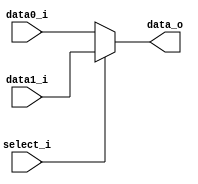
/***************************************************
Student Name:Shawn
Student ID: group _0816095_ 
***************************************************/

   `timescale 1ns/1ps

   module MUX_2to1(
       input  [31:0] data0_i,
       input  [31:0] data1_i,
       input         select_i,
       output [31:0] data_o
   );

   assign data_o = (select_i==0)?data0_i:data1_i;

   endmodule